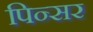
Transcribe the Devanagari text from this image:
पिन्सर